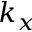
k _ { x }